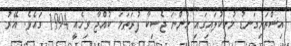
އިސްތަށިގަނޑު މުށިކުލައިގައި ހުންނަ ޖެސިކާ ފުރަތަމަ ކުއްޖާ ވިހެއީ 1994 ގައެވެ. އޭރު